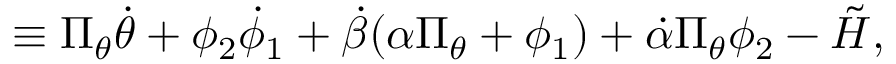
\equiv \Pi _ { \theta } \dot { \theta } + \phi _ { 2 } \dot { \phi } _ { 1 } + \dot { \beta } ( \alpha \Pi _ { \theta } + \phi _ { 1 } ) + \dot { \alpha } \Pi _ { \theta } \phi _ { 2 } - \tilde { \cal H } ,